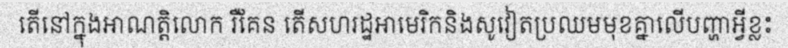
តើនៅក្នុងអាណត្តិលោក រឺគែន តើសហរដ្ឋអាមេរិកនិងសូវៀតប្រឈមមុខគ្នាលើបញ្ហាអ្វីខ្លះ